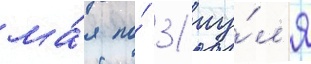
ма́я по́ 31 иу́л'я